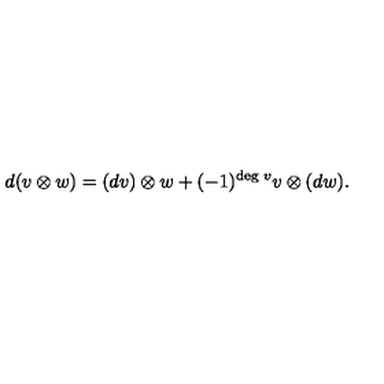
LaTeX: d ( v \otimes w ) = ( d v ) \otimes w + ( - 1 ) ^ { \mathrm { \tiny d e g \ } v } v \otimes ( d w ) .